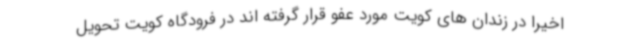
اخیرا در زندان های کویت مورد عفو قرار گرفته اند در فرودگاه کویت تحویل